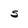
Character: S